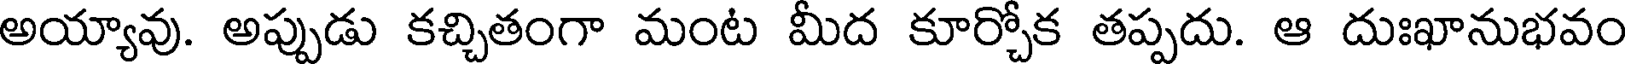
అయ్యావు. అప్పుడు కచ్చితంగా మంట మీద కూర్చోక తప్పదు. ఆ దుఃఖానుభవం